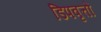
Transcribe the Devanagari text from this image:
डिपवृत्तों